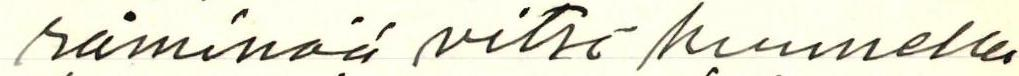
räminää vitsi kuunnella